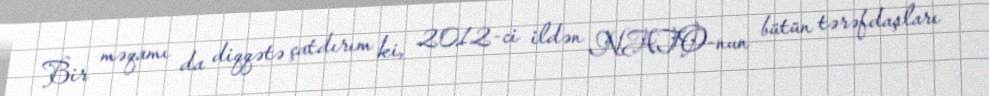
Bir məqamı da diqqətə çatdırım ki, 2012-ci ildən NATO-nun bütün tərəfdaşları